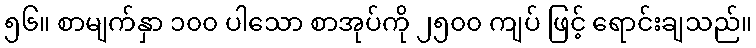
၅၆။ စာမျက်နှာ ၁၀၀ ပါသော စာအုပ်ကို ၂၅၀၀ ကျပ် ဖြင့် ရောင်းချသည်။